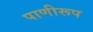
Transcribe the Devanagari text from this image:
पाणीरूप